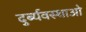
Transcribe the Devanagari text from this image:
दुर्ब्यवस्थाओ